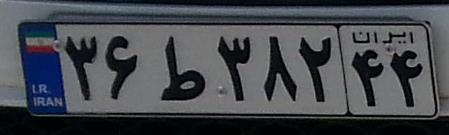
۳۶ط۳۸۲۴۴